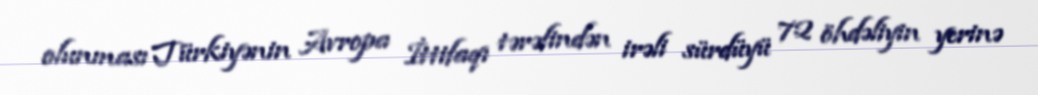
olunması Türkiyənin Avropa İttifaqı tərəfindən irəli sürdüyü 72 öhdəliyin yerinə